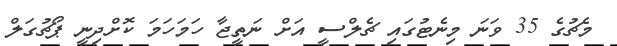
މެޗުގެ 35 ވަނަ މިނެޓުގައި ޗެލްސީ އަށް ނަތީޖާ ހަމަހަމަ ކޮށްދިނީ ޕޯޗުގަލް